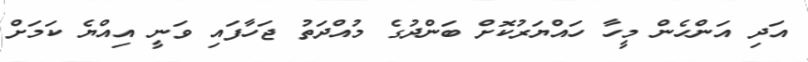
އަދި އަންހެން މީހާ ހައްޔަރުކޮށް ބަންދުގެ މުއްދަތު ޖަހާފައި ވަނީ އިއްޔެ ކަމަށް